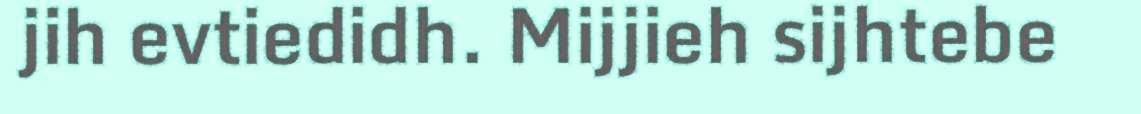
jih evtiedidh. Mijjieh sijhtebe